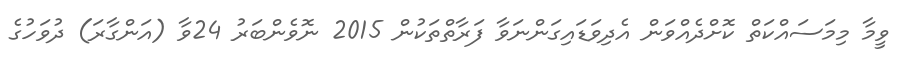
ވީމާ މިމަސައްކަތް ކޮށްދެއްވަން އެދިވަޑައިގަންނަވާ ފަރާތްތަކުން 2015 ނޮވެންބަރު 24ވާ (އަންގާރަ) ދުވަހުގެ